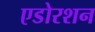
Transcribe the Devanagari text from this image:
एडोरशन